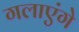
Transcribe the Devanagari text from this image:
गलाएंगे